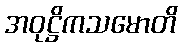
အဝုဋ္ဌိကသမောတိ